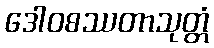
ဒေါဝစဿတာသုတ္တံ